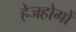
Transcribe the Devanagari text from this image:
हेजहोगों